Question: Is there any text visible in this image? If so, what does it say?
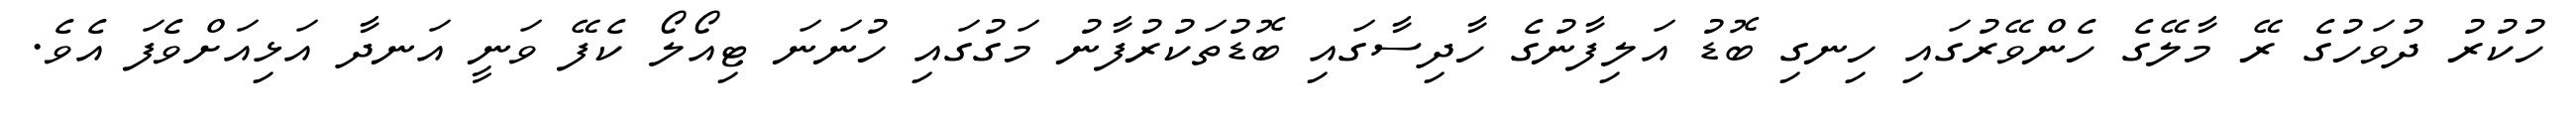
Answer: ހުކުރު ދުވަހުގެ ރޭ މާލޭގެ ހެންވޭރުގައި ހިނގި ބޮޑު އަލިފާނުގެ ހާދިސާގައި ބޮޑުތަކުރުފާނު މަގުގައި ހުނަނަ ޓިއޯލޯ ކެފޭ ވަނީ އަނދާ އަޅިއަށްވެފަ އެވެ.